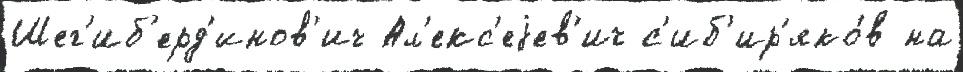
Шег'иб'ерд'инов'ич Ал'екс'еjев'ич с'иб'ир'яко́в на